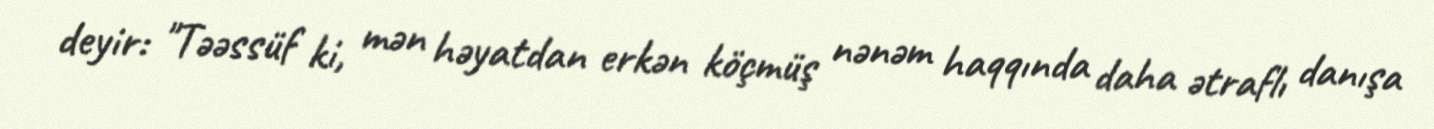
deyir: "Təəssüf ki, mən həyatdan erkən köçmüş nənəm haqqında daha ətraflı danışa